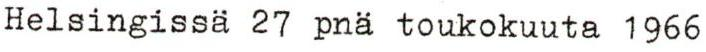
Helsingissä 27 pnä toukokuuta 1966